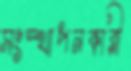
সংস্থাপনকারী